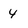
Character: 4